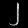
Digit: ၂